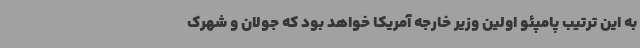
به این ترتیب پامپئو اولین وزیر خارجه آمریکا خواهد بود که جولان و شهرک